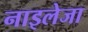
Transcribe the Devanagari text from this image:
नाइलेजा